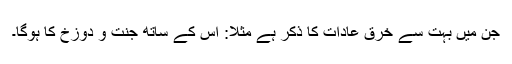
جن میں بہت سے خرق عادات کا ذکر ہے مثلاً: اس کے ساتھ جنت و دوزخ کا ہوگا۔